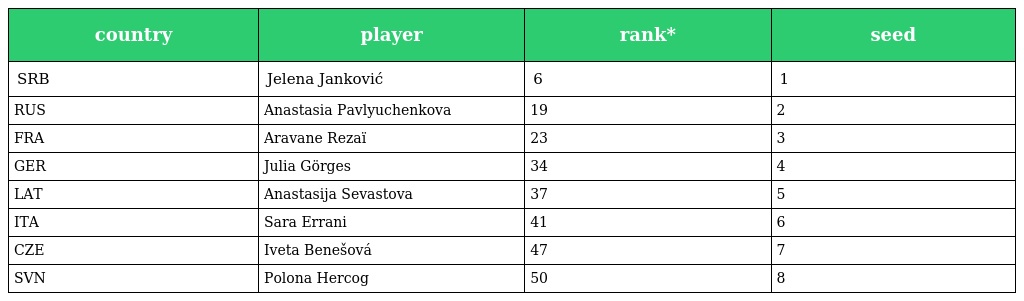
| country | player | rank* | seed |
 | --- | --- | --- | --- |
 | SRB | Jelena Janković | 6 | 1 |
 | RUS | Anastasia Pavlyuchenkova | 19 | 2 |
 | FRA | Aravane Rezaï | 23 | 3 |
 | GER | Julia Görges | 34 | 4 |
 | LAT | Anastasija Sevastova | 37 | 5 |
 | ITA | Sara Errani | 41 | 6 |
 | CZE | Iveta Benešová | 47 | 7 |
 | SVN | Polona Hercog | 50 | 8 |